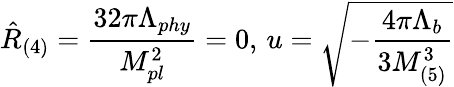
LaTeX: \hat{R}_{(4)}=\frac{32\pi\Lambda_{phy}}{M_{pl}^{2}}=0,\, u=\sqrt{-\frac{4\pi\Lambda_{b}}{3M_{(5)}^{3}}}